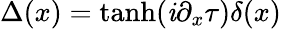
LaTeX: \Delta(x)=\operatorname{tanh}(\mathit{i}\partial_{x}\tau)\delta(x)